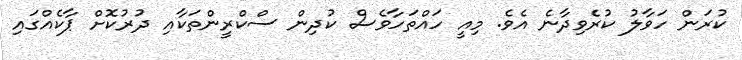
ކުރަން ހަވާލު ކުރެވިދާނެ އެވެ. މިއީ ހައްތަހާވެސް ކުދިން ސްކްރީންތަކާއި ދުރުކޮށް ޕާކެއްގައި